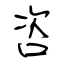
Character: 咨